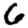
Digit: 6